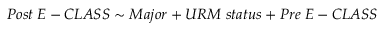
P o s t \; E - C L A S S \sim M a j o r + U R M \; s t a t u s + P r e \; E - C L A S S